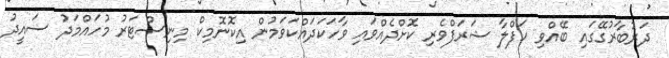
ދަރުބާރުގޭގައި ބޭއްވި ހަފްލާ ޝަރަފްވެރި ކޮށްދެއްވައި ވާހަކަދައްކަވަމުން އިކޮނޮމިކް މިނިސްޓަރު މުހައްމަދު ސައީދު